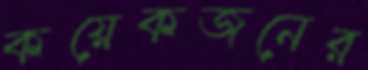
কয়েকজনের